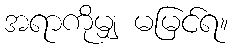
အရာကိုမျှ မမြင်ရ။